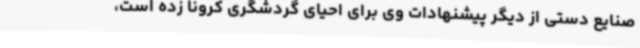
صنایع دستی از دیگر پیشنهادات وی برای احیای گردشگری کرونا زده است،